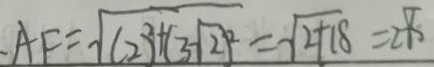
A F = \sqrt { ( 2 ^ { 2 } + ( 3 - \sqrt { 2 } ) ^ { 2 } } = \sqrt { 2 + 1 8 } = 2 \sqrt { 5 }